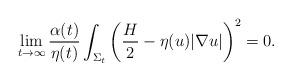
LaTeX: \begin{align*} \lim_{t \rightarrow \infty} \frac{\alpha(t)}{\eta(t)} \int_{\Sigma_{t}} \left( \frac{H}{2} - \eta(u) |\nabla u| \right)^{2} = 0.\end{align*}